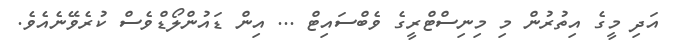
އަދި މީގެ އިތުރުން މި މިނިސްޓްރީގެ ވެބްސައިޓް ... އިން ޑައުންލޯޑްވެސް ކުރެވޭނެއެވެ.